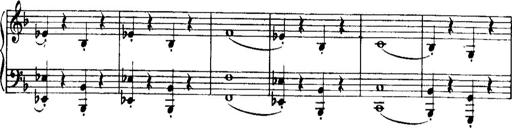
Title: Historische ungarische Bildnisse
Composer: Franz Liszt